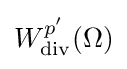
W_{\operatorname {div} }^{p'}(\Omega )